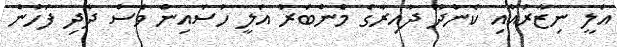
އަލީ ނިޒާރުއާއި ކެންދޫ ދާއިރާގެ މެންބަރު އަލީ ހުސައިން ވެސް ދާދި ފަހުން